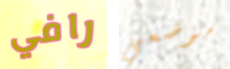
رافي موضعي